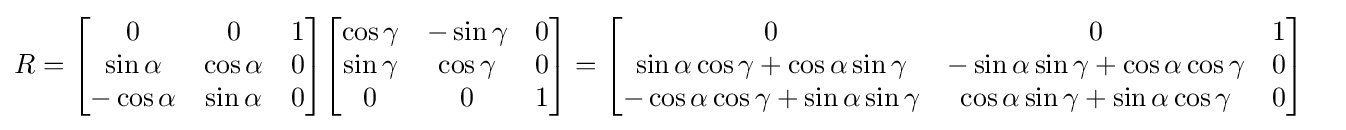
{\begin{aligned}R&={\begin{bmatrix}0&0&1\\\sin \alpha &\cos \alpha &0\\-\cos \alpha &\sin \alpha &0\end{bmatrix}}{\begin{bmatrix}\cos \gamma &-\sin \gamma &0\\\sin \gamma &\cos \gamma &0\\0&0&1\end{bmatrix}}={\begin{bmatrix}0&0&1\\\sin \alpha \cos \gamma +\cos \alpha \sin \gamma &-\sin \alpha \sin \gamma +\cos \alpha \cos \gamma &0\\-\cos \alpha \cos \gamma +\sin \alpha \sin \gamma &\cos \alpha \sin \gamma +\sin \alpha \cos \gamma &0\end{bmatrix}}\end{aligned}}